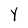
Character: Y